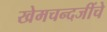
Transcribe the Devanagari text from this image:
खेमचन्दजींचे